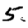
Digit: 5